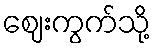
ဈေးကွက်သို့